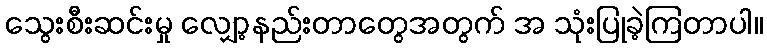
သွေးစီးဆင်းမှု လျှော့နည်းတာတွေအတွက် အ သုံးပြုခဲ့ကြတာပါ။